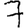
Digit: 7